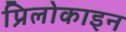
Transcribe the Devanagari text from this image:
प्रिलोकाइन